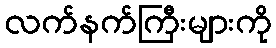
လက်နက်ကြီးများကို